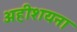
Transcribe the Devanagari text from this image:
अहीशयना